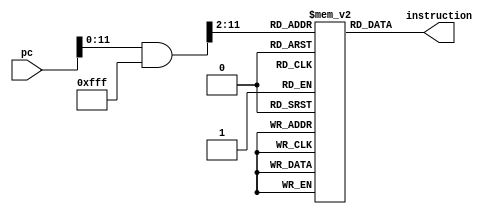
module im(instruction,pc);



output [31:0] instruction;

input [31:0] pc;


//reg instruction;

reg [31:0] ins_memory[1023:0]; //4k



assign instruction = ins_memory[(pc&32'h0000_0fff)>>2];


endmodule